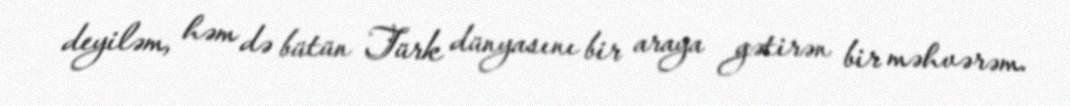
deyiləm, həm də bütün Türk dünyasını bir araya gətirən bir məhvərəm.